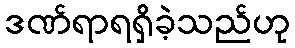
ဒဏ်ရာရရှိခဲ့သည်ဟု